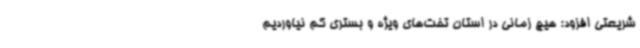
شریعتی افزود: هیچ زمانی در استان تخت‌های ویژه و بستری کم نیاوردیم